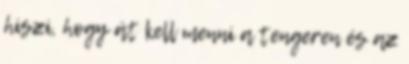
hiszi, hogy át kell menni a tengeren és az